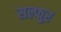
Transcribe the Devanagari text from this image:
सल्फुर